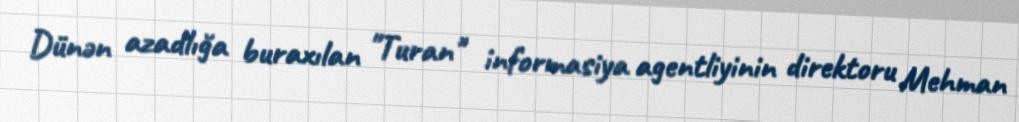
Dünən azadlığa buraxılan "Turan" informasiya agentliyinin direktoru Mehman